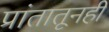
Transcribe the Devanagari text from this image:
प्रांतातूनही